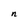
Character: n